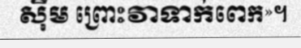
ស៊ីម ព្រោះវាទាក់ពេក»។